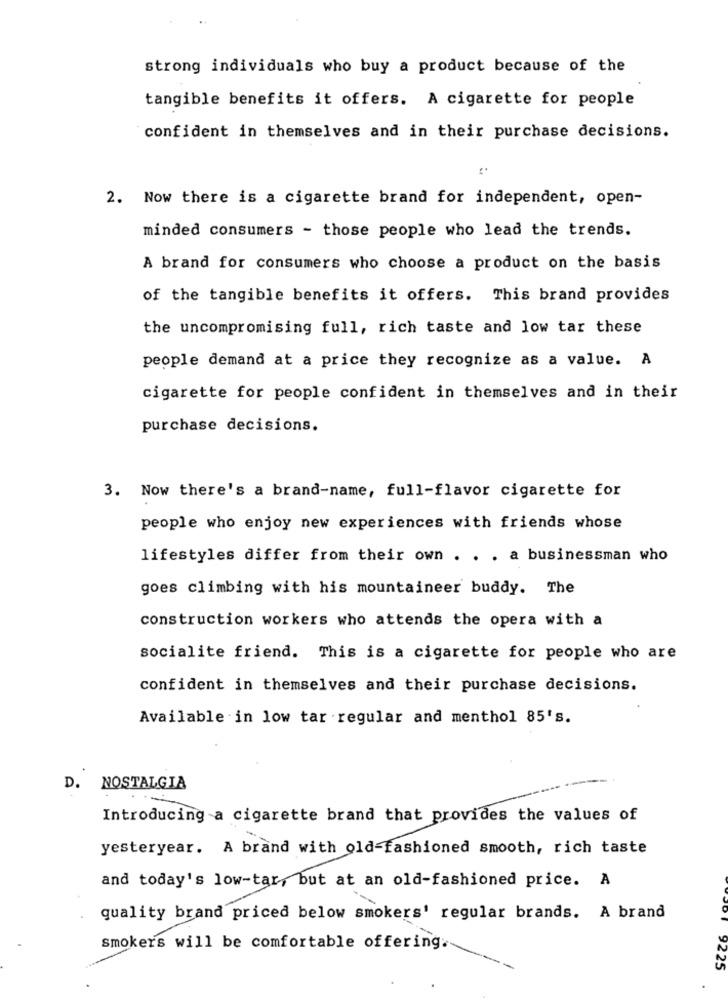
strong individuals who buy a product because of the
tangible benefits it offers. A cigarette for people
confident in themselves and in their purchase decisions.
2. Now there is a cigarette brand for independent, open-
minded consumers - those people who lead the trends.
A brand for consumers who choose a product on the basis
of the tangible benefits it offers. This brand provides
the uncompromising full, rich taste and low tar these
people demand at a price they recognize as a value. A
cigarette for people confident in themselves and in their
purchase decisions.
3. Now there's a brand-name, full-flavor cigarette for
people who enjoy new experiences with friends whose
lifestyles differ from their own . . . a businessman who
goes climbing with his mountaineer buddy. The
construction workers who attends the opera with a
socialite friend. This is a cigarette for people who are
confident in themselves and their purchase decisions.
Available in low tar regular and menthol 85's.
D. NOSTALGIA
Introducing a cigarette brand that provides the values of
yesteryear. A brand with old-fashioned smooth, rich taste
and today's low-tar, but at an old-fashioned price. A
quality brand priced below smokers' regular brands. A brand
smokers will be comfortable offering.
9225